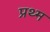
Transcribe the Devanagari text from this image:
प्रथ्म